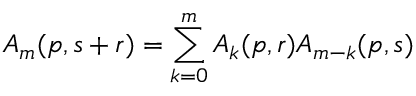
A _ { m } ( p , s + r ) = \sum _ { k = 0 } ^ { m } A _ { k } ( p , r ) A _ { m - k } ( p , s )